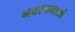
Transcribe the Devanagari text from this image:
नवरचनाओं